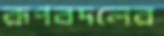
রূপবদলের